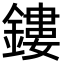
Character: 鏤